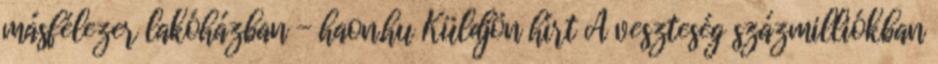
másfélezer lakóházban - haon.hu Küldjön hírt A veszteség százmilliókban